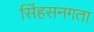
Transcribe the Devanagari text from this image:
सिंहसनगता